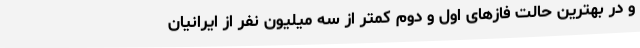
و در بهترین حالت فازهای اول و دوم کمتر از سه میلیون نفر از ایرانیان